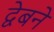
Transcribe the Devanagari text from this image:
द्वेबने